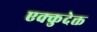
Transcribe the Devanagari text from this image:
एक्कुदेक्त